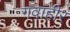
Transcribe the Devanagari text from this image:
गवाहीर